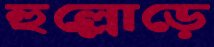
হুল্লোড়ে